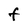
Character: F